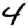
Digit: 4